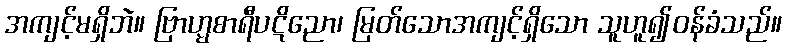
အကျင့်မရှိဘဲ။ ဗြာဟ္မစာရီပဋိညော၊ မြတ်သောအကျင့်ရှိသော သူဟူ၍ဝန်ခံသည်။